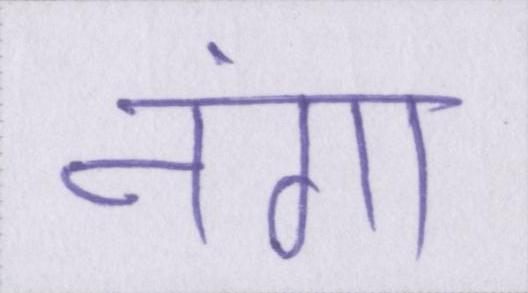
नंगा